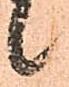
候